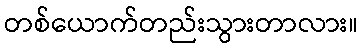
တစ်ယောက်တည်းသွားတာလား။